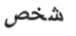
شخص